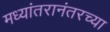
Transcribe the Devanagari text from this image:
मध्यांतरानंतरच्या